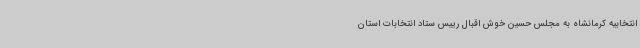
انتخابیه کرمانشاه به مجلس حسین خوش اقبال رییس ستاد انتخابات استان